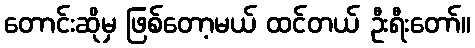
တောင်းဆိုမှ ဖြစ်တော့မယ် ထင်တယ် ဦးရီးတော်။